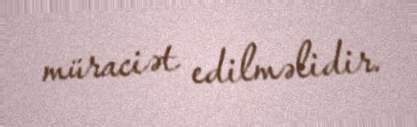
müraciət edilməlidir.